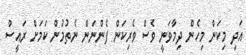
އަދި މިކަން މިހެން ދިމާވަނީ ވެސް ވެރިކަން ފެންނަން ނެތުމުން ކަމަށް ރައީސް